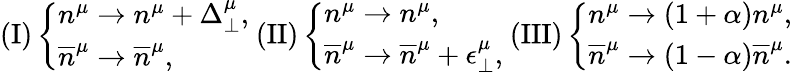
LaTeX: (\mathrm{I})\left\{ \begin{array}{l}{{n^{\mu}\rightarrow n^{\mu}+\Delta_{\perp}^{\mu},}}\\ {{\overline{{{n}}}^{\mu}\rightarrow\overline{{{n}}}^{\mu},}}\end{array}\right.\ (\mathrm{II})\left\{ \begin{array}{l}{{n^{\mu}\rightarrow n^{\mu},}}\\ {{\overline{{{n}}}^{\mu}\rightarrow\overline{{{n}}}^{\mu}+\epsilon_{\perp}^{\mu},}}\end{array}\right.\ (\mathrm{III})\left\{ \begin{array}{l}{{n^{\mu}\rightarrow(1+\alpha)n^{\mu},}}\\ {{\overline{{{n}}}^{\mu}\rightarrow(1-\alpha)\overline{{{n}}}^{\mu}.}}\end{array}\right.